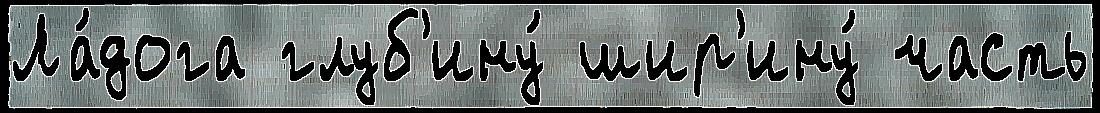
Ла́дога глуб'ину́ шир'ину́ часть